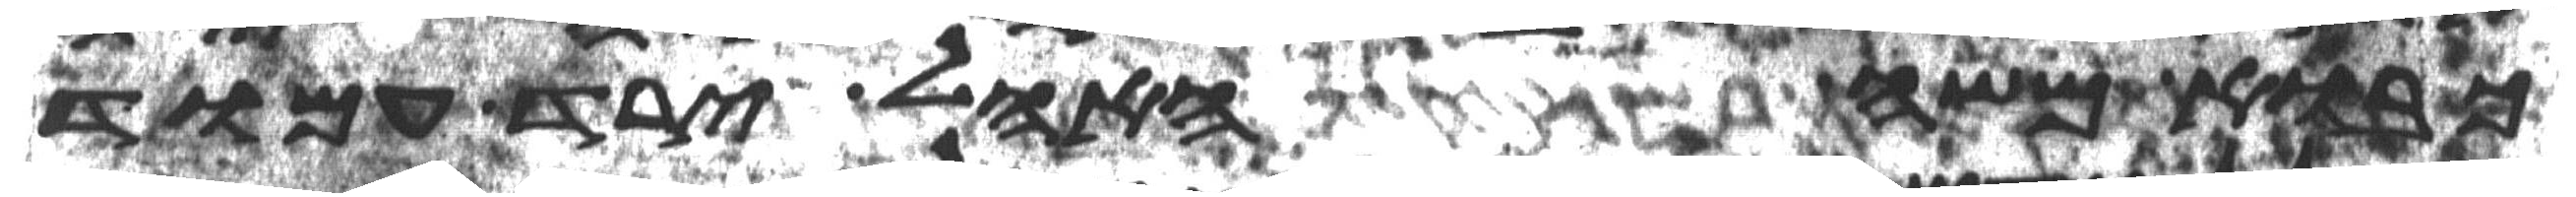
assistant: כבוא משה האהל ירד עמוד